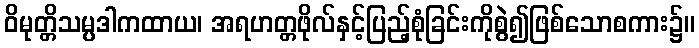
ဝိမုတ္တိသမ္ပဒါကထာယ၊ အရဟတ္တဖိုလ်နှင့်ပြည့်စုံခြင်းကိုစွဲ၍ဖြစ်သောစကား၌။